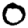
Digit: 0